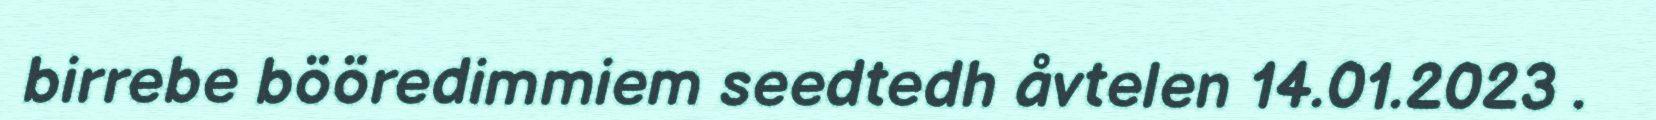
birrebe bööredimmiem seedtedh åvtelen 14.01.2023 .